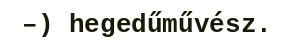
–) hegedűművész.